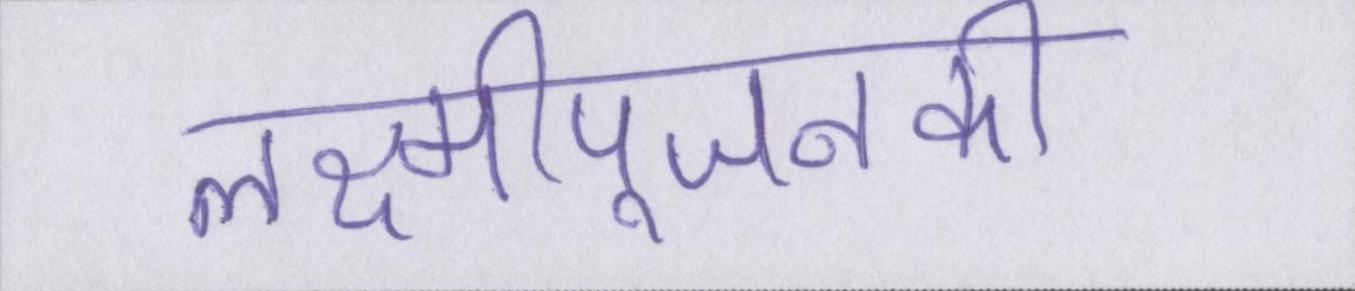
लक्ष्मीपूजनकी